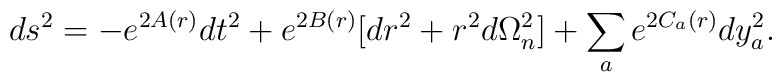
ds^2=-e^{2A(r)}dt^2+e^{2B(r)}[dr^2+r^2d\Omega_n^2]+\sum_a e^{2C_a(r)}dy_a^2.